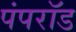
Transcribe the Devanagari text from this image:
पंपरॉड